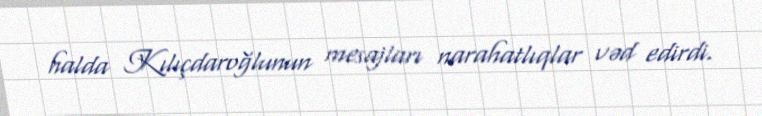
halda Kılıçdaroğlunun mesajları narahatlıqlar vəd edirdi.